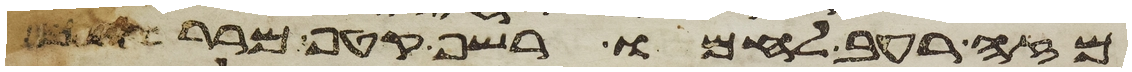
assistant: מזה רעב לחמו רשף קטף מררים